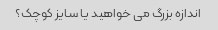
اندازه بزرگ می خواهید یا سایز کوچک؟